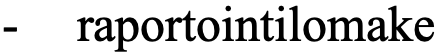
-  raportointilomake